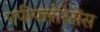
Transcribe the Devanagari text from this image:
एपीफ्लोरेसेंस